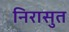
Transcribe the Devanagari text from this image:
निरासुत